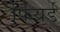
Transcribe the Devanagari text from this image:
फियर्ड